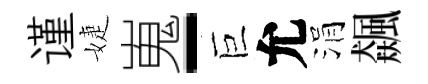
谨婕嵬-巨允涓飆